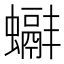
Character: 𧓞